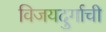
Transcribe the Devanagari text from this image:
विजयदुर्गाची